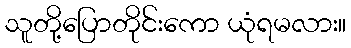
သူတို့ပြောတိုင်းကော ယုံရမလား။